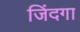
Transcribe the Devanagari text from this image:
जिंदगा